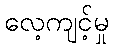
လေ့ကျင့်မှု